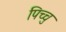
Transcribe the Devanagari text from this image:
पिच्चु